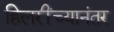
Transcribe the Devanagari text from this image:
हिलरींच्यानंतर